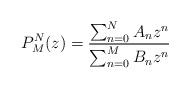
LaTeX: \begin{align*}P_{M}^{N}(z)=\frac{\sum_{n=0}^{N}A_{n}z^{n}}{\sum_{n=0}^{M}B_{n}z^{n}}\end{align*}